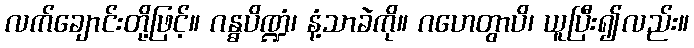
လက်ချောင်းတို့ဖြင့်။ ဂန္ဓပိဏ္ဍံ၊ နံ့သာခဲကို။ ဂဟေတွာပိ၊ ယူပြီး၍လည်း။